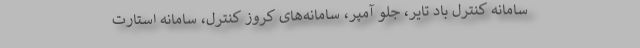
سامانه کنترل باد تایر، جلو آمپر، سامانه‌های کروز کنترل، سامانه استارت